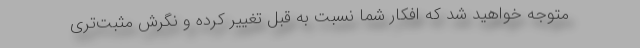
متوجه خواهید شد که افکار شما نسبت به قبل تغییر کرده و نگرش مثبت‌تری